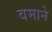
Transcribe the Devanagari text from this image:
वमाने